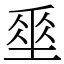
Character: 𡍮